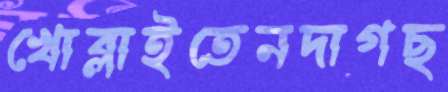
খোব্‌লাইতেনদাগছ